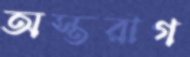
অস্তরাগ